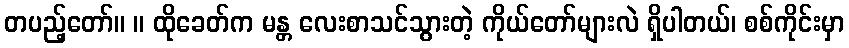
တပည့်တော်။ ။ ထိုခေတ်က မန္တ လေးစာသင်သွားတဲ့ ကိုယ်တော်များလဲ ရှိပါတယ်၊ စစ်ကိုင်းမှာ